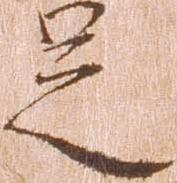
足